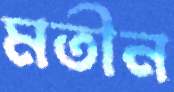
মতীন